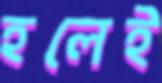
হলেই